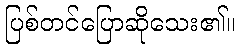
ပြစ်တင်ပြောဆိုသေး၏။